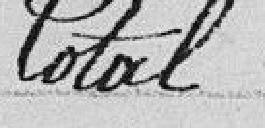
Total